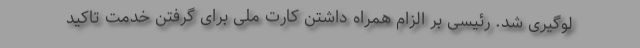
لوگیری شد. رئیسی بر الزام همراه داشتن کارت ملی برای گرفتن خدمت تاکید